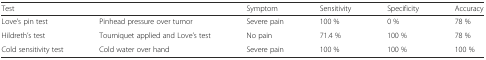
<table><thead><tr><td><b>Test</b></td><td></td><td><b>Symptom</b></td><td><b>Sensitivity</b></td><td><b>Specificity</b></td><td><b>Accuracy</b></td></tr></thead><tbody><tr><td>Love’s pin test</td><td>Pinhead pressure over tumor</td><td>Severe pain</td><td>100 %</td><td>0 %</td><td>78 %</td></tr><tr><td>Hildreth’s test</td><td>Tourniquet applied and Love’s test</td><td>No pain</td><td>71.4 %</td><td>100 %</td><td>78 %</td></tr><tr><td>Cold sensitivity test</td><td>Cold water over hand</td><td>Severe pain</td><td>100 %</td><td>100 %</td><td>100 %</td></tr></tbody></table>